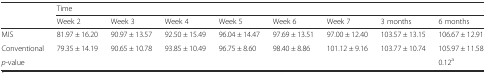
<table><thead><tr><td></td><td colspan="8"><b>Time</b></td></tr><tr><td></td><td><b>Week 2</b></td><td><b>Week 3</b></td><td><b>Week 4</b></td><td><b>Week 5</b></td><td><b>Week 6</b></td><td><b>Week 7</b></td><td><b>3 months</b></td><td><b>6 months</b></td></tr></thead><tbody><tr><td>MIS</td><td>81.97 ± 16.20</td><td>90.97 ± 13.57</td><td>92.50 ± 15.49</td><td>96.04 ± 14.47</td><td>97.69 ± 13.51</td><td>97.00 ± 12.40</td><td>103.57 ± 13.15</td><td>106.67 ± 12.91</td></tr><tr><td>Conventional</td><td>79.35 ± 14.19</td><td>90.65 ± 10.78</td><td>93.85 ± 10.49</td><td>96.75 ± 8.60</td><td>98.40 ± 8.86</td><td>101.12 ± 9.16</td><td>103.77 ± 10.74</td><td>105.97 ± 11.58</td></tr><tr><td><i>p</i>-value</td><td></td><td></td><td></td><td></td><td></td><td></td><td></td><td>0.12<sup>a</sup></td></tr></tbody></table>